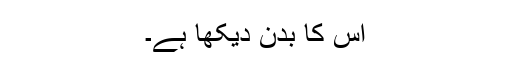
اس کا بدن دیکھا ہے۔